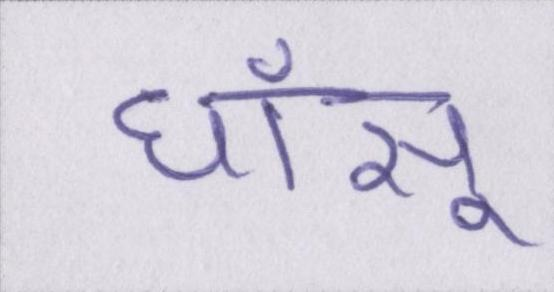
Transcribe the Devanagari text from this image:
धाँसू